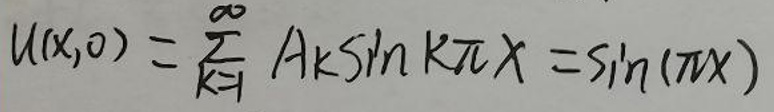
$u ( x, 0 ) = \sum _ { k = 1 } ^ { \infty } A _ { k } \sin k \pi x = \sin ( \pi x )$